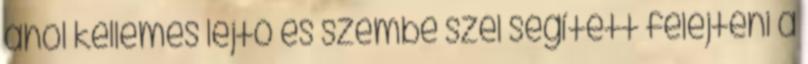
ahol kellemes lejtő és szembe szél segített felejteni a